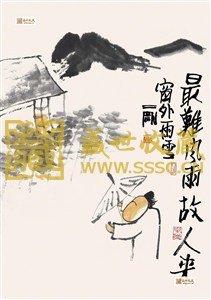
一一书来报故人，我欲因之壮心魄。